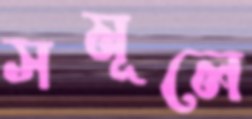
সমূলে